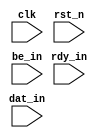
module eth_transmitter_arbiter #(parameter SOURCE_NUMBER = 1)
(
	 input			clk
	,input			rst_n
	,input	[SOURCE_NUMBER-1    :0]	rdy_in
	,input	[SOURCE_NUMBER*32-1 :0]	dat_in
	,input	[SOURCE_NUMBER*2-1  :0]	be_in
	
	
);
//					FIRST WR/RD				//				SECOND WR/RD				//
//----------------------------------------------------------------------//
//	BYTE0	//	BYTE1	//	BYTE2	//	BYTE3	//	BYTE4	//	BYTE5	//	BYTE6	//	BYTE7	//
//----------------------------------------------------------------------//


reg	[8*8 -1:0]	data_reg;
reg	[3:0]			cur_ptr;

wire					data_rdy;
wire	[31:0]		data_in_high;
wire	[31:0]		data_in_low;
wire					be_all;

always @(posedge clk or negedge rst_n)
	if (!rst_n) cur_ptr <= 4'b0;
//	else if () cur_ptr <= 4'b0;

/*
//DATA BYTE[0]
always @(posedge clk or negedge rst_n)
	if (!rst_n)										data_reg[0*8+:8] <= 0;
	else if (data_rdy & be_high_all)			data_reg[0*8+:8] <= data_in_high[0*8+:8];
	
//DATA BYTE[1]													
always @(posedge clk or negedge rst_n)
	if (!rst_n)										data_reg[1*8+:8] <= 0;
	else if (data_rdy & (be_high_all | (be_high[1])))	
														data_reg[1*8+:8] <= data_in_high[1*8+:8];
														
//DATA BYTE[2]
always @(posedge clk or negedge rst_n)
	if (!rst_n)										data_reg[2*8+:8] <= 0;
	else if (data_rdy & (be_high_all | (be_high[2])))	
														data_reg[2*8+:8] <= data_in_high[2*8+:8];		
			
//DATA BYTE[3]
always @(posedge clk or negedge rst_n)
	if (!rst_n)										data_reg[3*8+:8] <= 0;
	else if (data_rdy)							data_reg[3*8+:8] <= data_in_high[3*8+:8];	

//DATA BYTE[4]
always @(posedge clk or negedge rst_n)
	if (!rst_n)										data_reg[4*8+:8] <= 0;
	else if (data_rdy & be_high_all)			data_reg[4*8+:8] <= data_in_high[0*8+:8];	
	
//DATA BYTE[5]													
always @(posedge clk or negedge rst_n)
	if (!rst_n)										data_reg[5*8+:8] <= 0;
	else if (data_rdy & (be_high_all | (be_high[1])))	
														data_reg[5*8+:8] <= data_in_high[1*8+:8];
														
//DATA BYTE[6]
always @(posedge clk or negedge rst_n)
	if (!rst_n)										data_reg[6*8+:8] <= 0;
	else if (data_rdy & (be_high_all | (be_high[2])))	
														data_reg[6*8+:8] <= data_in_high[2*8+:8];													

//DATA BYTE[7]
always @(posedge clk or negedge rst_n)
	if (!rst_n)										data_reg[7*8+:8] <= 0;
	else if (data_rdy)							data_reg[7*8+:8] <= data_in_high[3*8+:8];
*/



	

	



	



/*

//DATA LOW BYTE[3]
always @(posedge clk or negedge rst_n)
	if (!rst_n)										data_reg[3*8+:8] <= 0;
	else if (data_rdy)							data_reg[3*8+:8] <= data_in_high[3*8+:8];
	
//DATA LOW BYTE[2]
always @(posedge clk or negedge rst_n)
	if (!rst_n)										data_reg[2*8+:8] <= 0;
	else if (data_rdy & (!be_high_all & (be_low[2])))	
														data_reg[2*8+:8] <= data_in_high[3*8+:8];
	
//DATA LOW BYTE[1]
always @(posedge clk or negedge rst_n)
	if (!rst_n)										data_reg[1*8+:8] <= 0;
	else if (data_rdy)							data_reg[1*8+:8] <= data_in_high[3*8+:8];

//DATA LOW BYTE[0]
always @(posedge clk or negedge rst_n)
	if (!rst_n)										data_reg[0*8+:8] <= 0;
	else if (data_rdy)							data_reg[0*8+:8] <= data_in_high[3*8+:8];
	
	
//DATA BE HIGH[3]
always @(posedge clk or negedge rst_n)
	if (!rst_n)										data_be_reg[7] <= 1'b0;
	else if (data_rdy | data_be_reg[3])		data_be_reg[7] <= 1'b1;
	else 												data_be_reg[7] <= 1'b0;

//DATA BE HIGH[2]
always @(posedge clk or negedge rst_n)
	if (!rst_n)										data_be_reg[6] <= 1'b0;
	else if (data_rdy & (be_high[2] | data_be_reg[2] | be_high_all))
														data_be_reg[6] <= 1'b1;
	else												data_be_reg[6] <= 1'b0;
	
//DATA BE HIGH[1]
always @(posedge clk or negedge rst_n)
	if (!rst_n)										data_be_reg[5] <= 1'b0;
	else if (data_rdy & (be_high[1] | data_be_reg[1] | be_high_all))
														data_be_reg[5] <= 1'b1;
	else												data_be_reg[5] <= 1'b0;
	
//DATA BE HIGH[0]
always @(posedge clk or negedge rst_n)
	if (!rst_n)										data_be_reg[4] <= 1'b0;
	else if (data_rdy & (data_be_reg[0] | be_high_all))
														data_be_reg[4] <= 1'b1;
	else												data_be_reg[4] <= 1'b0;
*/
	
	
/*
	
//DATA BE LOW[3]
always @(posedge clk or negedge rst_n)
	if (!rst_n)										data_be_reg[3] <= 1'b0;
	
//DATA BE LOW[2]
always @(posedge clk or negedge rst_n)
	if (!rst_n)										data_be_reg[2] <= 1'b0;
	
//DATA BE LOW[1]
always @(posedge clk or negedge rst_n)
	if (!rst_n)										data_be_reg[1] <= 1'b0;
	
//DATA BE LOW[0]
always @(posedge clk or negedge rst_n)
	if (!rst_n)										data_be_reg[0] <= 1'b0;

*/
	




endmodule